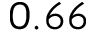
0 . 6 6